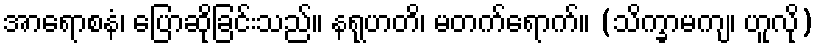
အာရောစနံ၊ ပြောဆိုခြင်းသည်။ နရုဟတိ၊ မတက်ရောက်။ (သိက္ခာမကျ၊ ဟူလို)